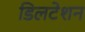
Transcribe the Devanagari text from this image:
डिलटेशन